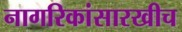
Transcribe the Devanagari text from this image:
नागरिकांसारखीच